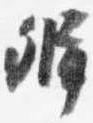
弁